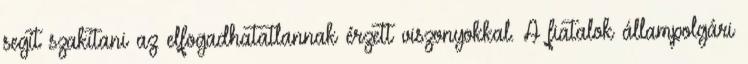
segít szakítani az elfogadhatatlannak érzett viszonyokkal. A fiatalok állampolgári